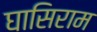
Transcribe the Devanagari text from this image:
घासिराम